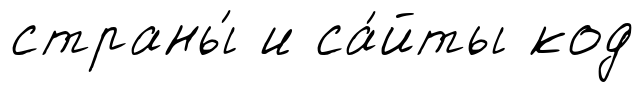
страны́ и са́йты код